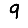
Digit: 9